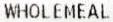
WHOLEMEAL